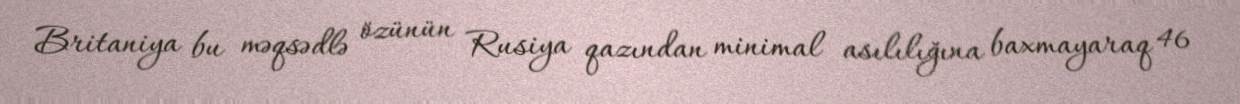
Britaniya bu məqsədlə özünün Rusiya qazından minimal asılılığına baxmayaraq 46